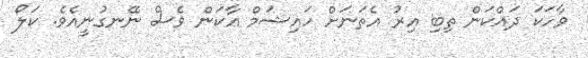
ވާހަކަ ދައްކަން ތިބި އިރު އެތަނަށް ހައިޝަމް އާކަން ވެސް ނޭނގުނީއެވެ. ކަލޯ